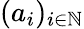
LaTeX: (a_{i})_{i\in\mathbb{N}}